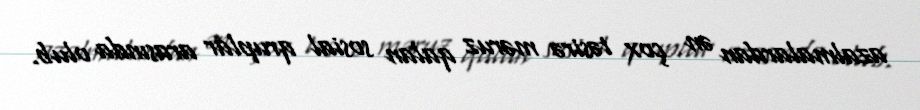
azalmalardan ən çox təsirə məruz qalan sosial qruplar arasında olub.